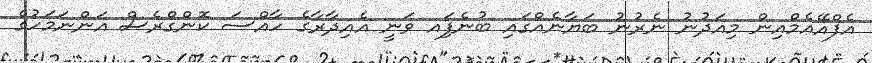
އެފްއޭއެމްއިން މިއަދުނު ނެރުނު ބަޔާނެއްގައި ބުނެފަިއ ވަނީ އެއިދާރާގެ ހާއްސަ ކޮންގްރެސް އަންނަމަހުގެ